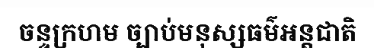
ចន្ទក្រហម ច្បាប់មនុស្សធម៌អន្តជាតិ